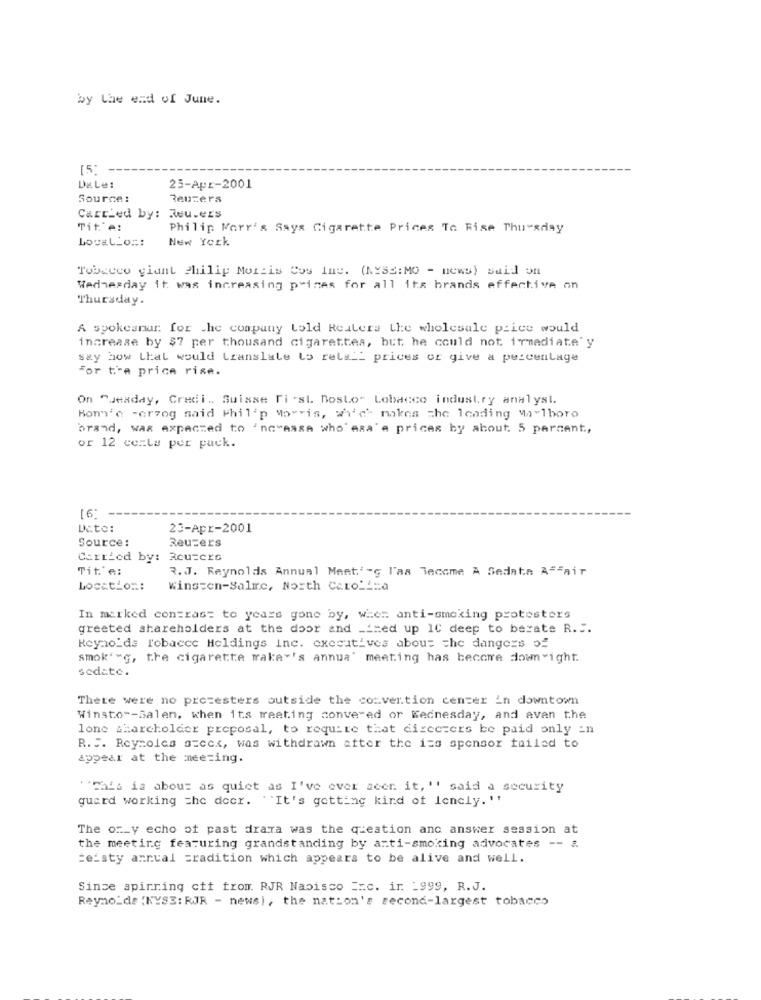
by the end of June.
15
Dale:
25-Apr-2001
Source:
Reuters
Carried by: Reuters
Tit'e:
Philip Kerr's Says Cigarette Prices To Rise Thursday
LocalLos:
New York
Tobacco giant Philip Morais Cos Inc. (NYSE: MO - news) said on
Wednesday it was increasing prines for all its brands effective on
Thursday.
A spokesnur. for the company Lold Reuters the wholesale price would
increase by $7 per thousand cigarettes, but he could not immediate y
say how Lhat would translate to relall prices or give a percentage
For the price rise.
On Tuesday, Credi .. Suisse Ti 'sL. DosLo- Lobacco industry analyst.
Home -erzog said Philip Morris, which makes the leading Marlboro
brand, was expected to 'ncaasa who esa'a prices by about 5 percent,
or 12 cezle per pack.
[6]-
Date:
23-Apr-2001
Source:
Reuters
Carried by:
3cu=Crs
Tit'e:
R.J. Reynolds Annual Ment'-g l'as Tecome A Sedate A"Fair
Location:
Winston-Salme, North Carolina
In marked contrast to years gone by, whet anti-smoking protesters
greeted shareholders at the door and __ med up 1C deep to berate R ...
Reynolds Tobacce Holdings inc. executives about the dangers of
smok' "g, the cigarette make"'s annua' meeting has become down"ight.
sedate.
There were no protesters outside the convention center In downtown
Winsto -- Salen, when its meeting conve ed or Wednesday, and avan the
lone shareholder proposal, to require that dixcezers be paid only _n
R. .. Roynolas steck, was withdrawn after the iss sponsor failed to
appear at the meeting.
"ichia is about as quiet as I've ever seen it, '' said a security
guard working =he decr. "It's getting kind of lencly. ''
The or_y echo of past drama was the queation anc answer session at
the meeting featuring grandstanding by anti-smoking advocates -- &
:eisty annual =radition which appears to be alive and well.
Since spinning cit from. RJR Nabisco Erc. ir _999, R.J.
Reyno_de :KYS3: RJR - news), the nation's second-largest tobacco